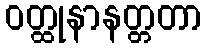
ဝတ္ထုနာနတ္တတာ